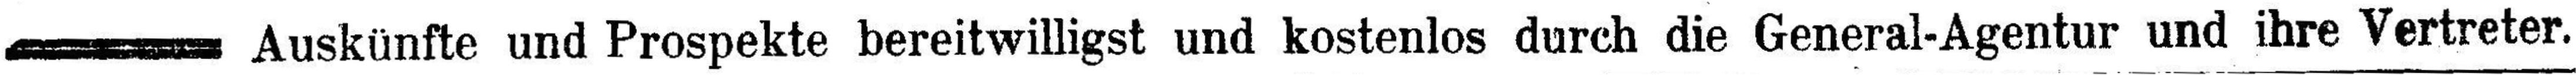
Auskünfte und Prospekte bereitwilligst und kostenlos durch die General-Agentur und ihre Vertreter.